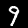
Label: 9